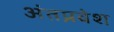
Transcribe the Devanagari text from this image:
अंतप्रवेश